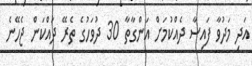
އަދި މަދުވާ ފައިސާ ދެއްކުމަށް އަންގާތާ 30 ދުވަހުގެ ތެރޭ ދައްކަން ޖެހޭނެ